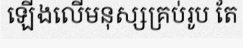
ឡើងលើមនុស្សគ្រប់រូប តែ